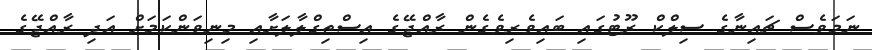
ނަމަވެސް ޗައިނާގެ ސިލްކް ރޫޓުގައި ބައިވެރިވެގެން ރާއްޖޭގެ އިސްތިގްލާލަށާއި މިނިވަންކަމަށް އަދި ރާއްޖޭގެ